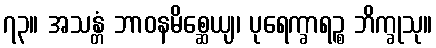
၇၃။ အသန္တံ ဘာဝနမိစ္ဆေယျ၊ ပုရေက္ခာရဉ္စ ဘိက္ခုသု။